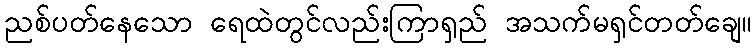
ညစ်ပတ်နေသော ရေထဲတွင်လည်းကြာရှည် အသက်မရှင်တတ်ချေ။